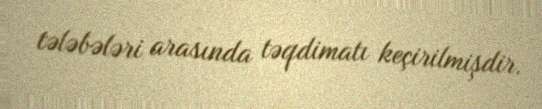
tələbələri arasında təqdimatı keçirilmişdir.